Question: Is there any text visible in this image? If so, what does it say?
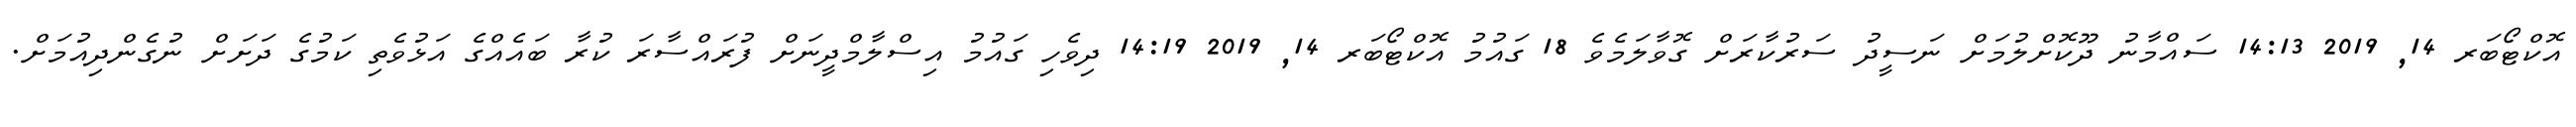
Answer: އޮކްޓޯބަރ 14, 2019 14:13 ސައްމާނު ދޫކޮށްލުމަށް ނަސީދު ސަރުކާރަށް ގޮވާލަމެވެ 18 ގައުމު އޮކްޓޯބަރ 14, 2019 14:19 ދިވެހި ގައުމު އިސްލާމްދީނަށް ފުރައްސާރަ ކުރާ ބައެއްގެ އަޅުވެތި ކަމުގެ ދަށަށް ނުގެންދިއުމަށް.